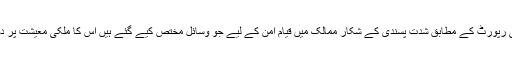
غیر سرکاری تنظیم کی رپورٹ کے مطابق شدت پسندی کے شکار ممالک میں قیام امن کے لیے جو وسائل مختص کیے گئے ہیں اْس کا ملکی معیشت پر دو فیصد اثر پڑ رہا ہے۔